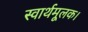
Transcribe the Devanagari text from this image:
स्वार्थमूलक।